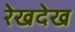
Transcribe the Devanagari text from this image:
रेखदेख